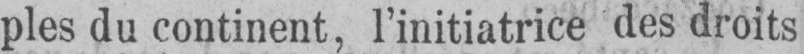
ples du continent, l’initiatrice des droits